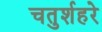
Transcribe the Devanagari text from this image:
चतुर्शहरे